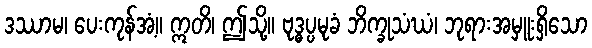
ဒဿာမ၊ ပေးကုန်အံ့။ ဣတိ၊ ဤသို့။ ဗုဒ္ဓပ္ပမုခံ ဘိက္ခုသံဃံ၊ ဘုရားအမှူးရှိသော